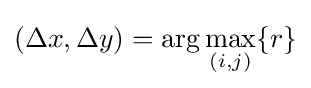
(\Delta x,\Delta y)=\arg \max _{(i,j)}\{r\}